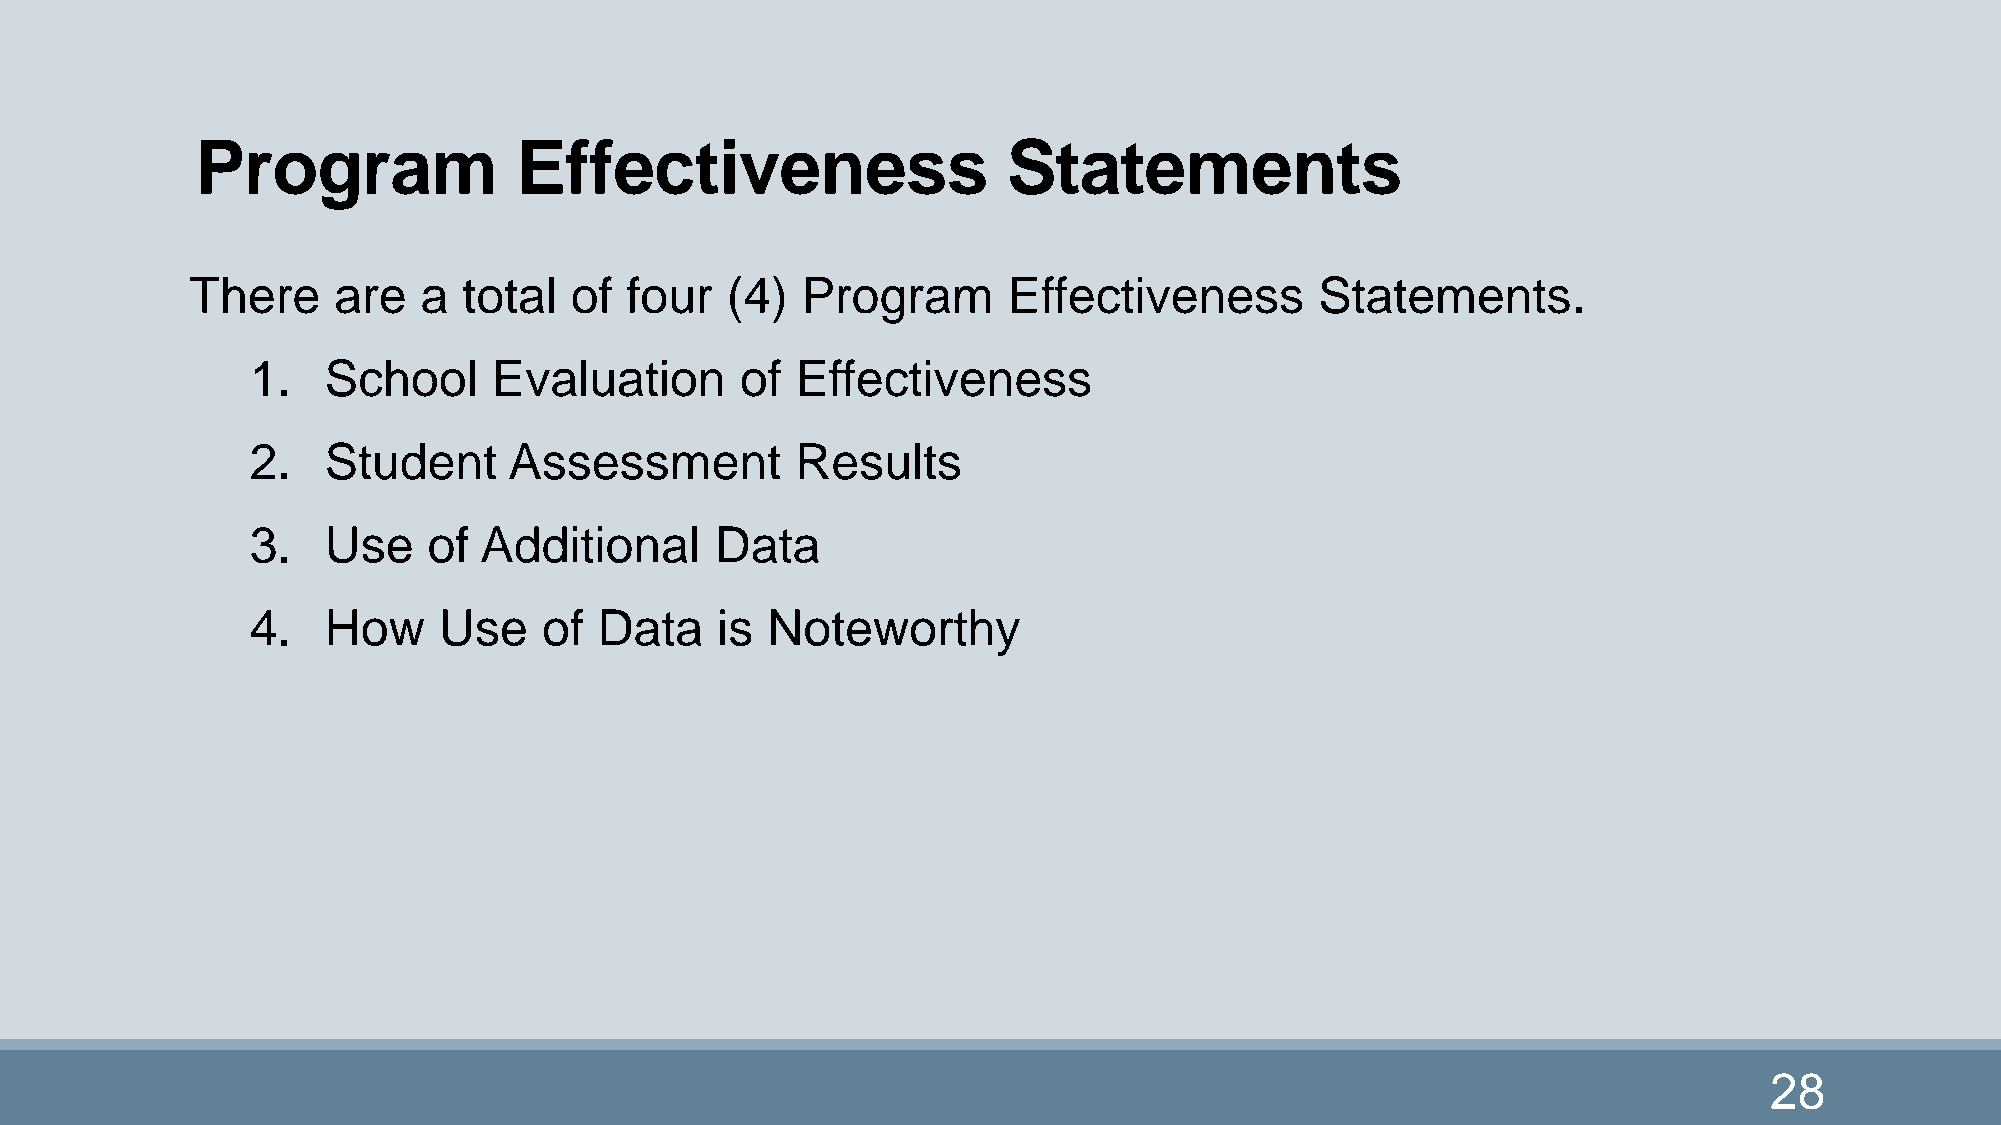
Program              Effectiveness                    Statements
 There    are   a  total  of four   (4)  Program       Effectiveness       Statements.
 1.  School      Evaluation      of  Effectiveness
 2.  Student      Assessment         Results
 3.  Use    of  Additional     Data
 4.  How     Use    of  Data   is  Noteworthy
 28